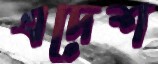
এদেশ